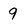
Character: 9